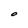
Character: O